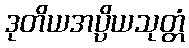
ဒုတိယအပ္ပိယသုတ္တံ